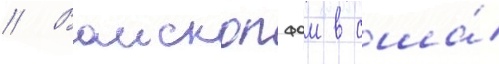
// Ваископфом в сша́